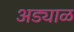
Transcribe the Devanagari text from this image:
अड्याळ